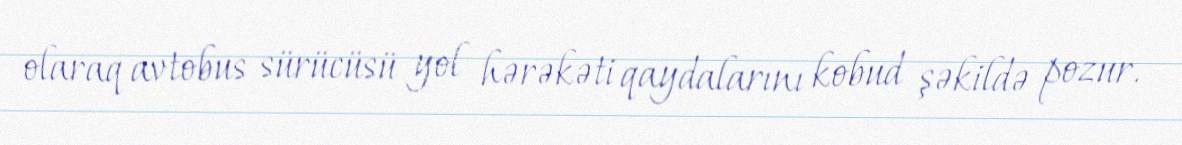
olaraq avtobus sürücüsü yol hərəkəti qaydalarını kobud şəkildə pozur.